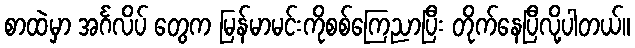
စာထဲမှာ အင်္ဂလိပ် တွေက မြန်မာမင်းကိုစစ်ကြေညာပြီး တိုက်နေပြီလို့ပါတယ်။